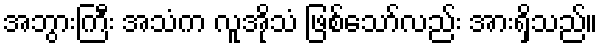
အဘွားကြီး အသံက လူအိုသံ ဖြစ်သော်လည်း အားရှိသည်။